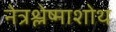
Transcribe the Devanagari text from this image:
नेत्रश्लेष्माशोथ